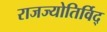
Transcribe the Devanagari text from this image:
राजज्योतिर्विद्